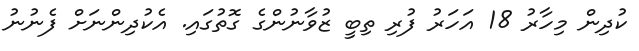
ކުދިން މިހާރު 18 އަހަރު ފުރި ތިބީ ޒުވާނުންގެ ގޮތުގައި. އެކުދިންނަށް ފެނުނު